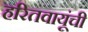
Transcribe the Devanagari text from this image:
हरितवायूंची